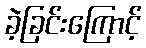
ခဲ့ခြင်းကြောင့်